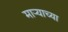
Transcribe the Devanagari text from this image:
मार्‍याच्या